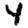
Digit: 4